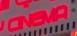
cinema